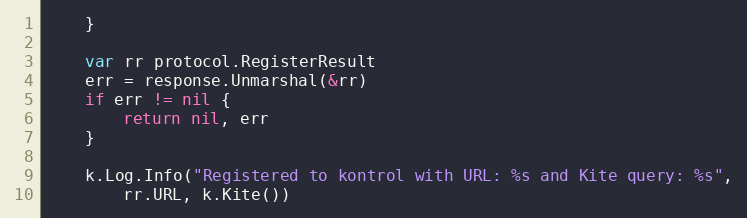
Language: Go
	}

	var rr protocol.RegisterResult
	err = response.Unmarshal(&rr)
	if err != nil {
		return nil, err
	}

	k.Log.Info("Registered to kontrol with URL: %s and Kite query: %s",
		rr.URL, k.Kite())